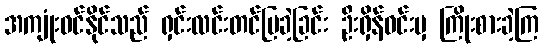
အကျုံးဝင်နိုင်သည် ရှင်းလင်းတင်ပြခဲ့ခြင်း ဦးရှိန်ဝင်းမှ ကြိုးစားခဲ့ကြ